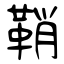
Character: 鞘